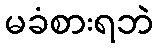
မခံစားရဘဲ